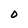
Character: 0